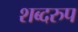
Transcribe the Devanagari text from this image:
शब्दरुप